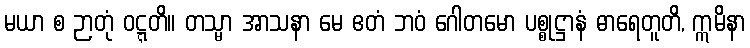
မယာ စ ဉာတုံ ဝဋ္ဋတိ။ တသ္မာ အာသနာ မေ ဧတံ ဘဝံ ဂေါတမော ပစ္စုဋ္ဌာနံ ဓာရေတူတိ, ဣမိနာ